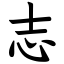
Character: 志